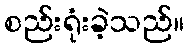
စည်းရုံးခဲ့သည်။